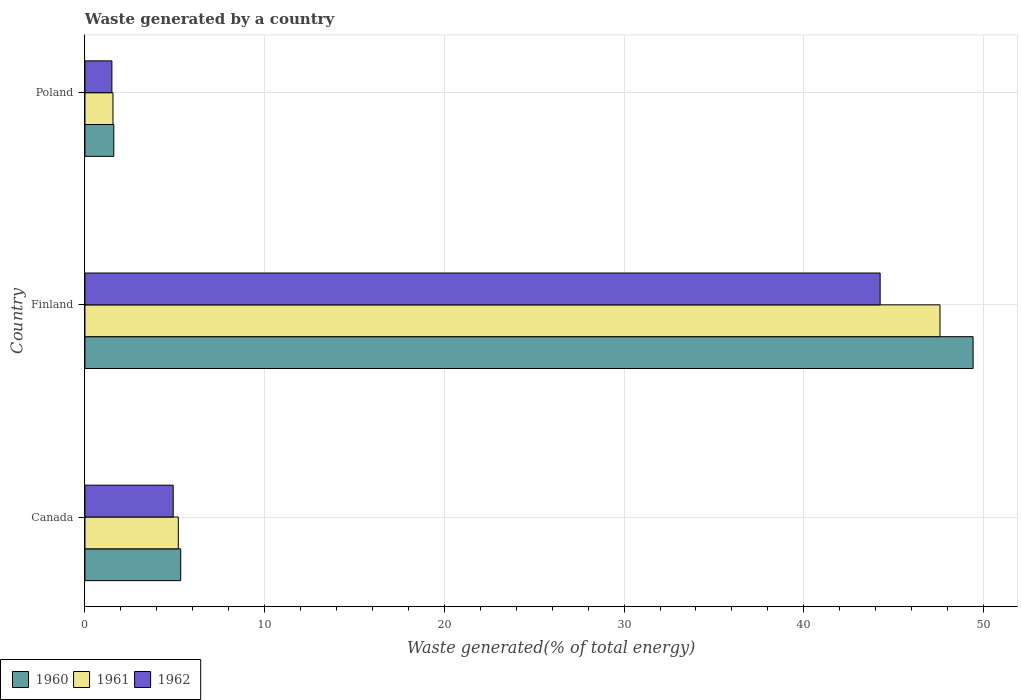
| Country | 1960 | 1961 | 1962 |
 | --- | --- | --- | --- |
 | Canada | 5.33 | 5.19 | 4.91 |
 | Finland | 49.4 | 47.6 | 44.3 |
 | Poland | 1.6 | 1.56 | 1.5 |